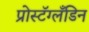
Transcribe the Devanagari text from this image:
प्रोस्टॅग्लँडिन